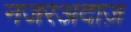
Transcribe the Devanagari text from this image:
नजरअदाज़